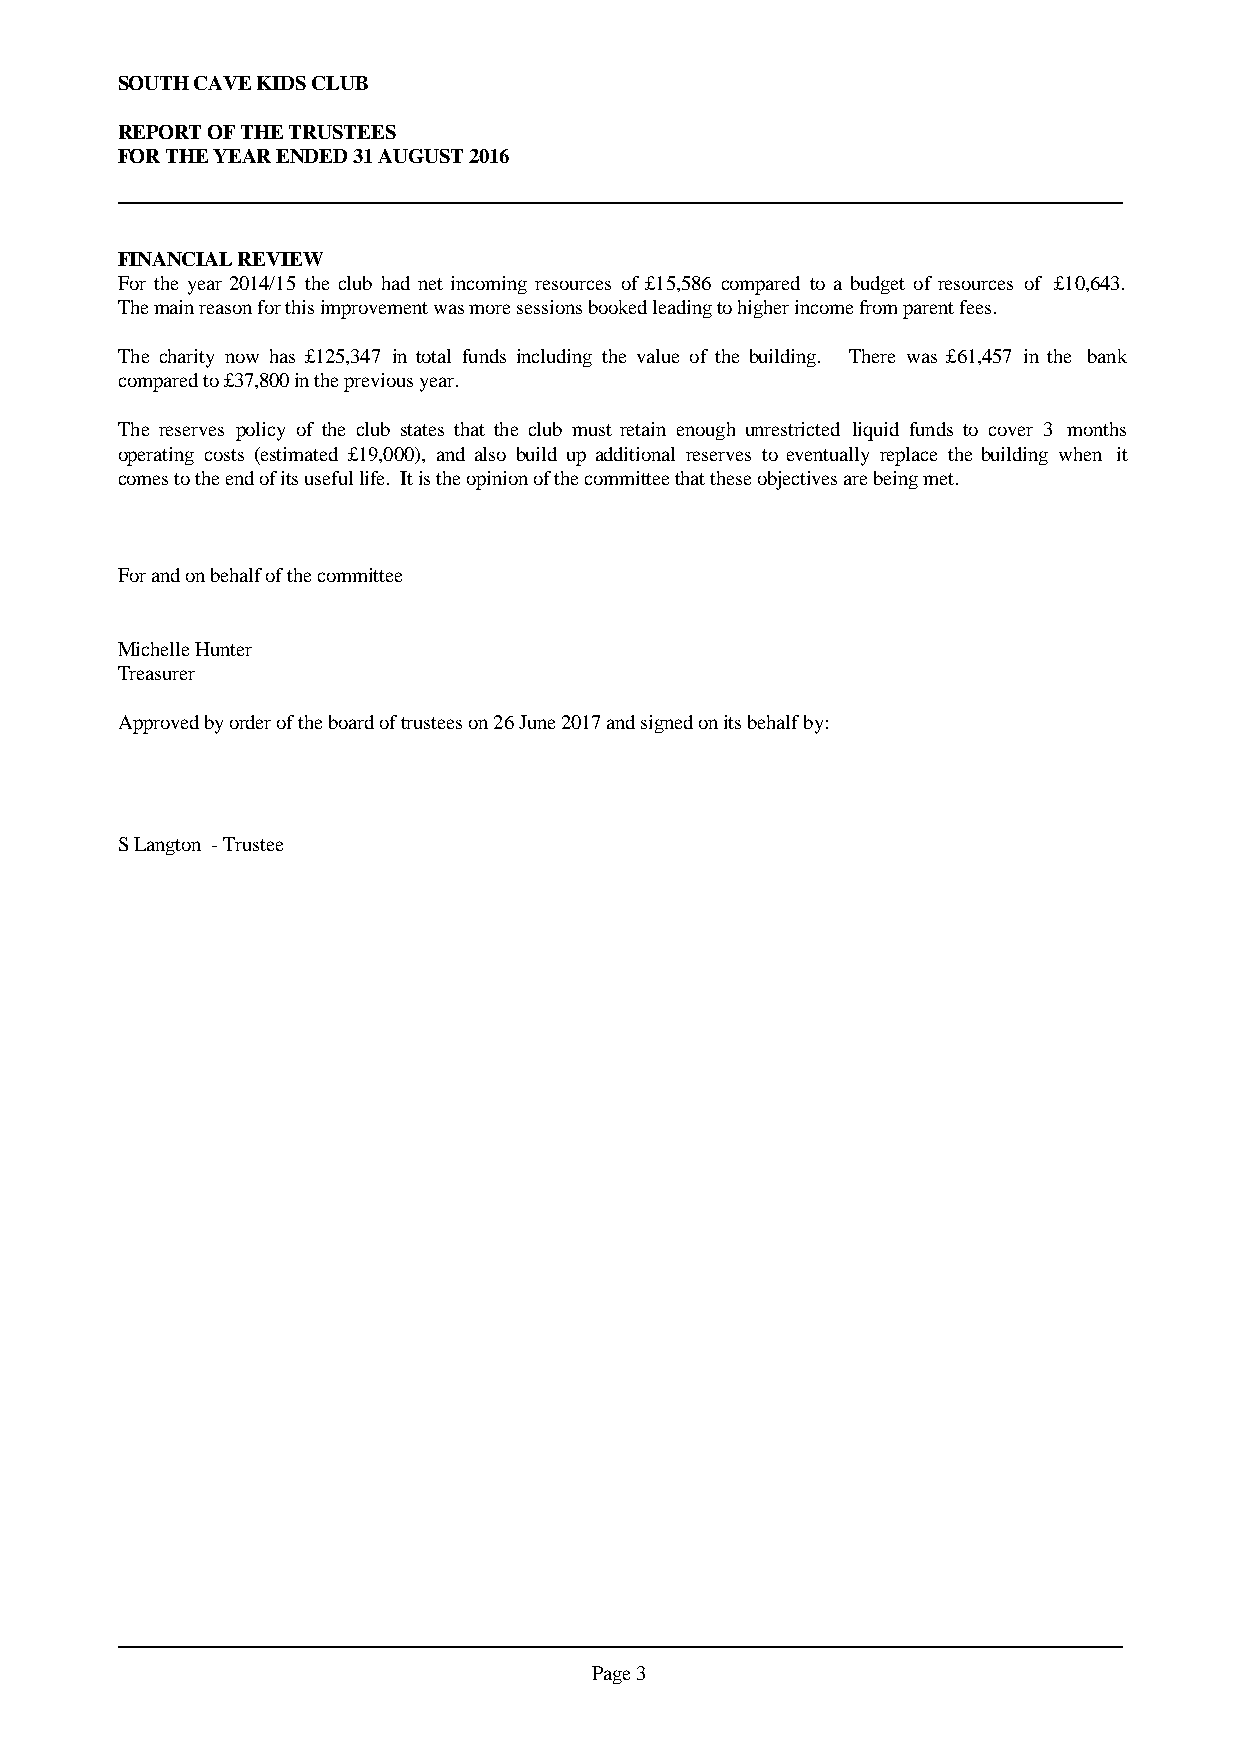
SOUTH CAVE KIDS CLUB
 REPORT OF THE TRUSTEES
 FOR THE YEAR ENDED 31 AUGUST 2016
 FINANCIAL REVIEW
 For the year 2014/15 the club had net incoming resources of £15,586 compared to a budget of resources of £10,643.
 The main reason for this improvement was more sessions booked leading to higher income from parent fees.
 The charity now has £125,347 in total funds including the value of the building. There was £61,457 in the bank
 compared to £37,800 in the previous year.
 The reserves policy of the club states that the club must retain enough unrestricted liquid funds to cover 3 months
 operating costs (estimated £19,000), and also build up additional reserves to eventually replace the building when it
 comes to the end of its useful life. It is the opinion of the committee that these objectives are being met.
 For and on behalf of the committee
 Michelle Hunter
 Treasurer
 Approved by order of the board of trustees on 26 June 2017 and signed on its behalf by:
 S Langton - Trustee
 Page 3